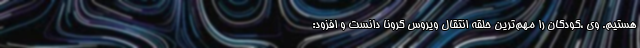
هستیم. وی ،کودکان را مهم‌ترین حلقه انتقال ویروس کرونا دانست و افزود: